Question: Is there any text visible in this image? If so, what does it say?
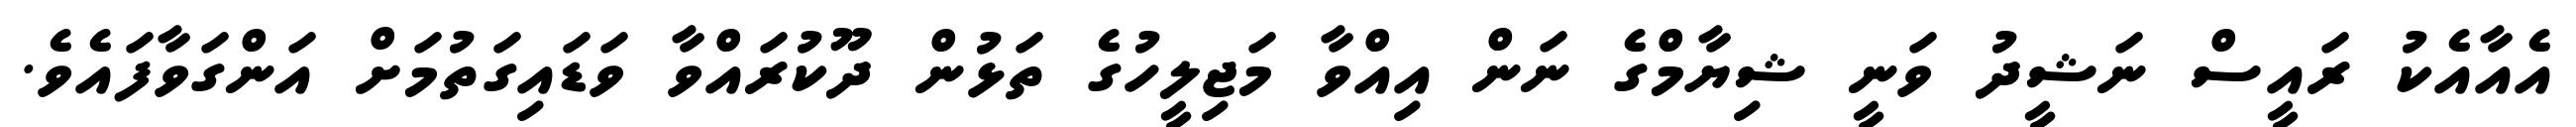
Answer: އެއާއެކު ރައީސް ނަޝީދު ވަނީ ޝިޔާމްގެ ނަން އިއްވާ މަޖިލީހުގެ ތަޅުން ދޫކުރައްވާ ވަޑައިގަތުމަށް އަންގަވާފައެވެ.